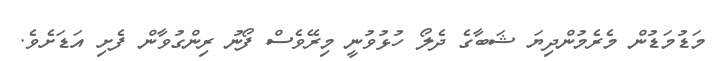
މަޑުމަޑުން މެރެމުންދިޔަ ޝަބާގެ ދެލޯ ހުޅުވުނީ މިރޭވެސް ފޯނު ރިންގުވާން ފެށި އަޑަށެވެ.